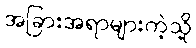
အခြားအရာများကဲ့သို့